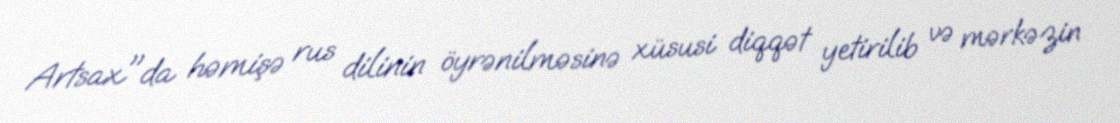
Artsax"da həmişə rus dilinin öyrənilməsinə xüsusi diqqət yetirilib və mərkəzin